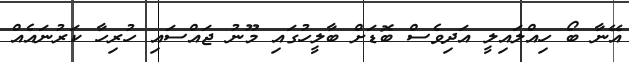
އޭނާ ބޯ ހިއްލައިލީ އަދިވެސް ބޮޑަށް ބާލީހުގައި މޫނު ޖައްސައި ހުރިހާ ކަރުނައެއް